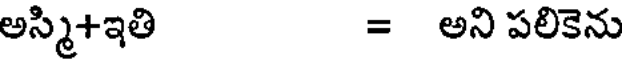
అస్మి+ఇతి = అని పలికెను